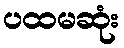
ပထမဆုံး